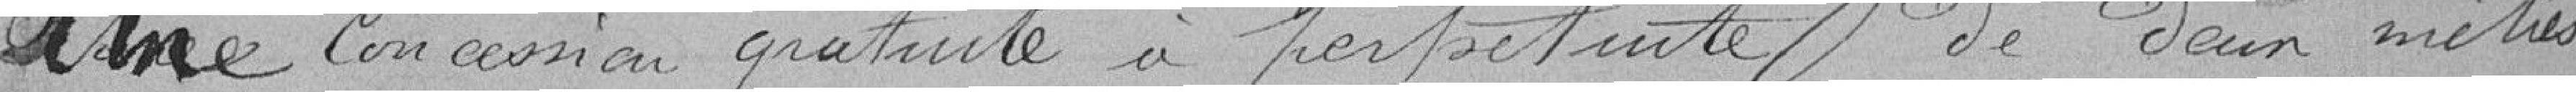
une concession gratuite à perpétuité de deux mètres